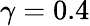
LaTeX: \gamma=0.4